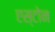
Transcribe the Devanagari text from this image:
एस्टोन